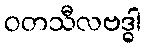
ဝတသီလဗဒ္ဓါ